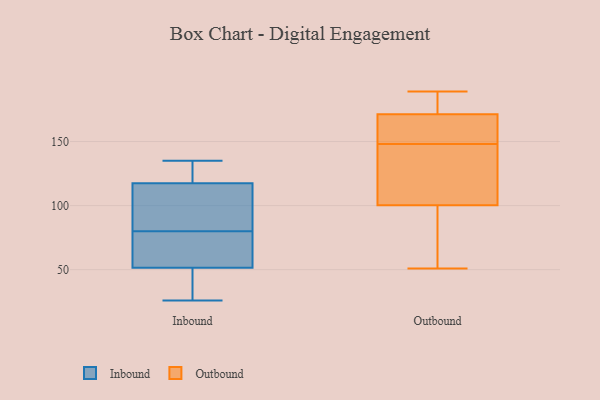
{"axis": {"x": "Active Users", "y": "Value"}, "legend": ["Inbound", "Outbound"], "data": [{"x": "", "y": 26, "type": "Inbound"}, {"x": "", "y": 125, "type": "Inbound"}, {"x": "", "y": 122, "type": "Inbound"}, {"x": "", "y": 66, "type": "Inbound"}, {"x": "", "y": 76, "type": "Inbound"}, {"x": "", "y": 135, "type": "Inbound"}, {"x": "", "y": 113, "type": "Inbound"}, {"x": "", "y": 57, "type": "Inbound"}, {"x": "", "y": 46, "type": "Inbound"}, {"x": "", "y": 95, "type": "Inbound"}, {"x": "", "y": 37, "type": "Inbound"}, {"x": "", "y": 84, "type": "Inbound"}, {"x": "", "y": 66, "type": "Outbound"}, {"x": "", "y": 189, "type": "Outbound"}, {"x": "", "y": 51, "type": "Outbound"}, {"x": "", "y": 128, "type": "Outbound"}, {"x": "", "y": 166, "type": "Outbound"}, {"x": "", "y": 148, "type": "Outbound"}, {"x": "", "y": 177, "type": "Outbound"}, {"x": "", "y": 145, "type": "Outbound"}, {"x": "", "y": 91, "type": "Outbound"}, {"x": "", "y": 173, "type": "Outbound"}, {"x": "", "y": 148, "type": "Outbound"}]}